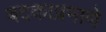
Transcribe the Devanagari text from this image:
बदकाप्रमाणे